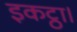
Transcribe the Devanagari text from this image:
इकट्ठा।